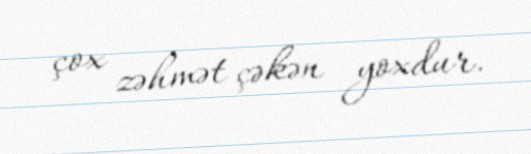
çox zəhmət çəkən yoxdur.